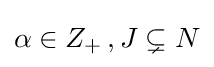
\alpha \in Z_{+}\,,J\subsetneq N